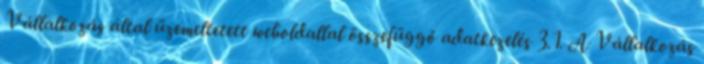
Vállalkozás által üzemeltetett weboldallal összefüggő adatkezelés 3.1. A Vállalkozás